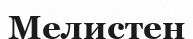
Мелистен